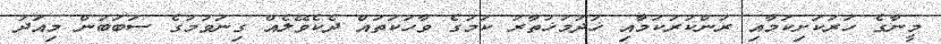
މީނާގެ ހަރުކަށިކަމާއި ރުންކުރުކަމާއި ޚުދުމުޚުތާރު ކަމުގެ ވާހަކަތައް ދެކެވޭލެއް ގިނަވުމުގެ ސަބަބުން މިއަދު